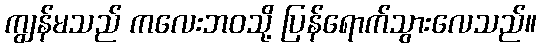
ကျွန်မသည် ကလေးဘဝသို့ ပြန်ရောက်သွားလေသည်။